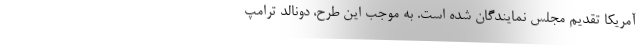
آمریکا تقدیم مجلس نمایندگان شده است. به موجب این طرح، دونالد ترامپ